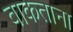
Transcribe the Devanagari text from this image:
वाकताना